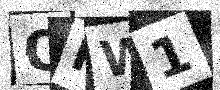
Text: QPW1